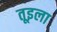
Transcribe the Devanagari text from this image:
तूइला